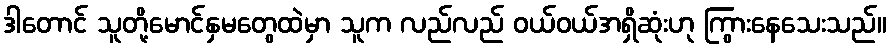
ဒါတောင် သူတို့မောင်နှမတွေထဲမှာ သူက လည်လည် ဝယ်ဝယ်အရှိဆုံးဟု ကြွားနေသေးသည်။